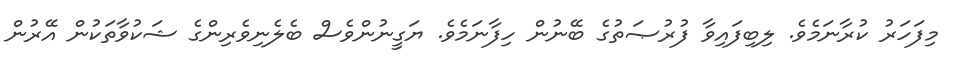
މިފަހަރު ކުރާނަމެވެ. ލިބިފައިވާ ފުރުޞަތުގެ ބޭނުން ހިފާނަމެވެ. ޔަގީނުންވެސް ބެލެނިވެރިންގެ ޝަކުވާތަކުން އޭރުން